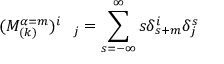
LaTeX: ( M _ { ( k ) } ^ { \alpha = m } ) _ { \quad j } ^ { i } = \sum _ { s = - \infty } ^ { \infty } s \delta _ { s + m } ^ { i } \delta _ { j } ^ { s }